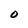
Character: 0